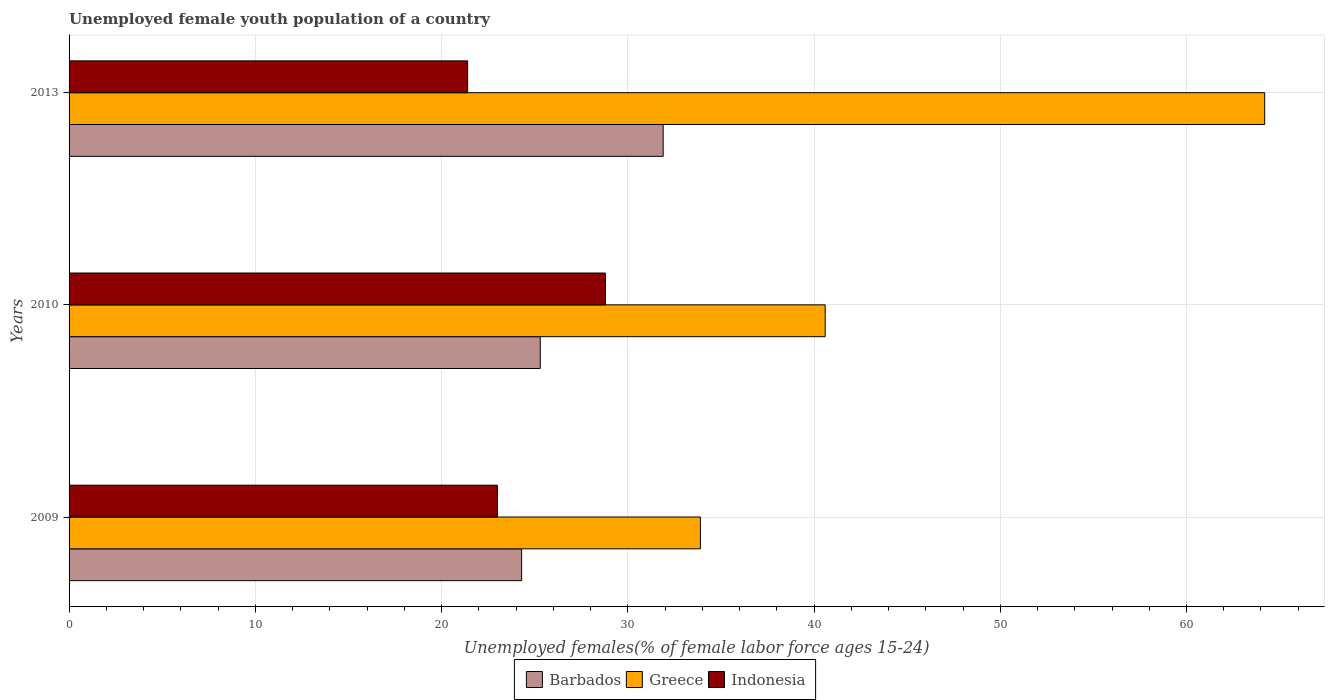
| Years | Barbados | Greece | Indonesia |
 | --- | --- | --- | --- |
 | 2009 | 24.3 | 33.9 | 23 |
 | 2010 | 25.3 | 40.6 | 28.8 |
 | 2013 | 31.9 | 64.2 | 21.4 |